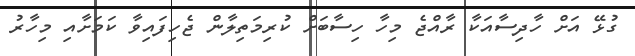
ގުޅޭ އަށް ހާދިސާއަކާ ރާއްޖެ މިހާ ހިސާބަށް ކުރިމަތިލާން ޖެހިފައިވާ ކަމަށާއި މިހާރު